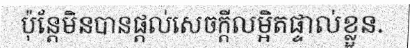
ប៉ុន្តែមិនបានផ្តល់សេចក្តីលម្អិតផ្ទាល់ខ្លួន.